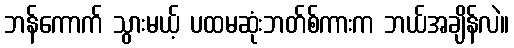
ဘန်ကောက် သွားမယ့် ပထမဆုံးဘတ်စ်ကားက ဘယ်အချိန်လဲ။